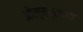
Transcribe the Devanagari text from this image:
ओल्मर्टच्या